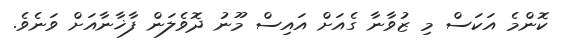
ކޮންމެ އަކަސް މި ޒުވާނާ ގެއަށް އައިސް މޫނު ދޮވެލަން ފާޚާނާއަށް ވަނެވެ.